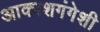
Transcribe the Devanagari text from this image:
आकाशगंगेशी